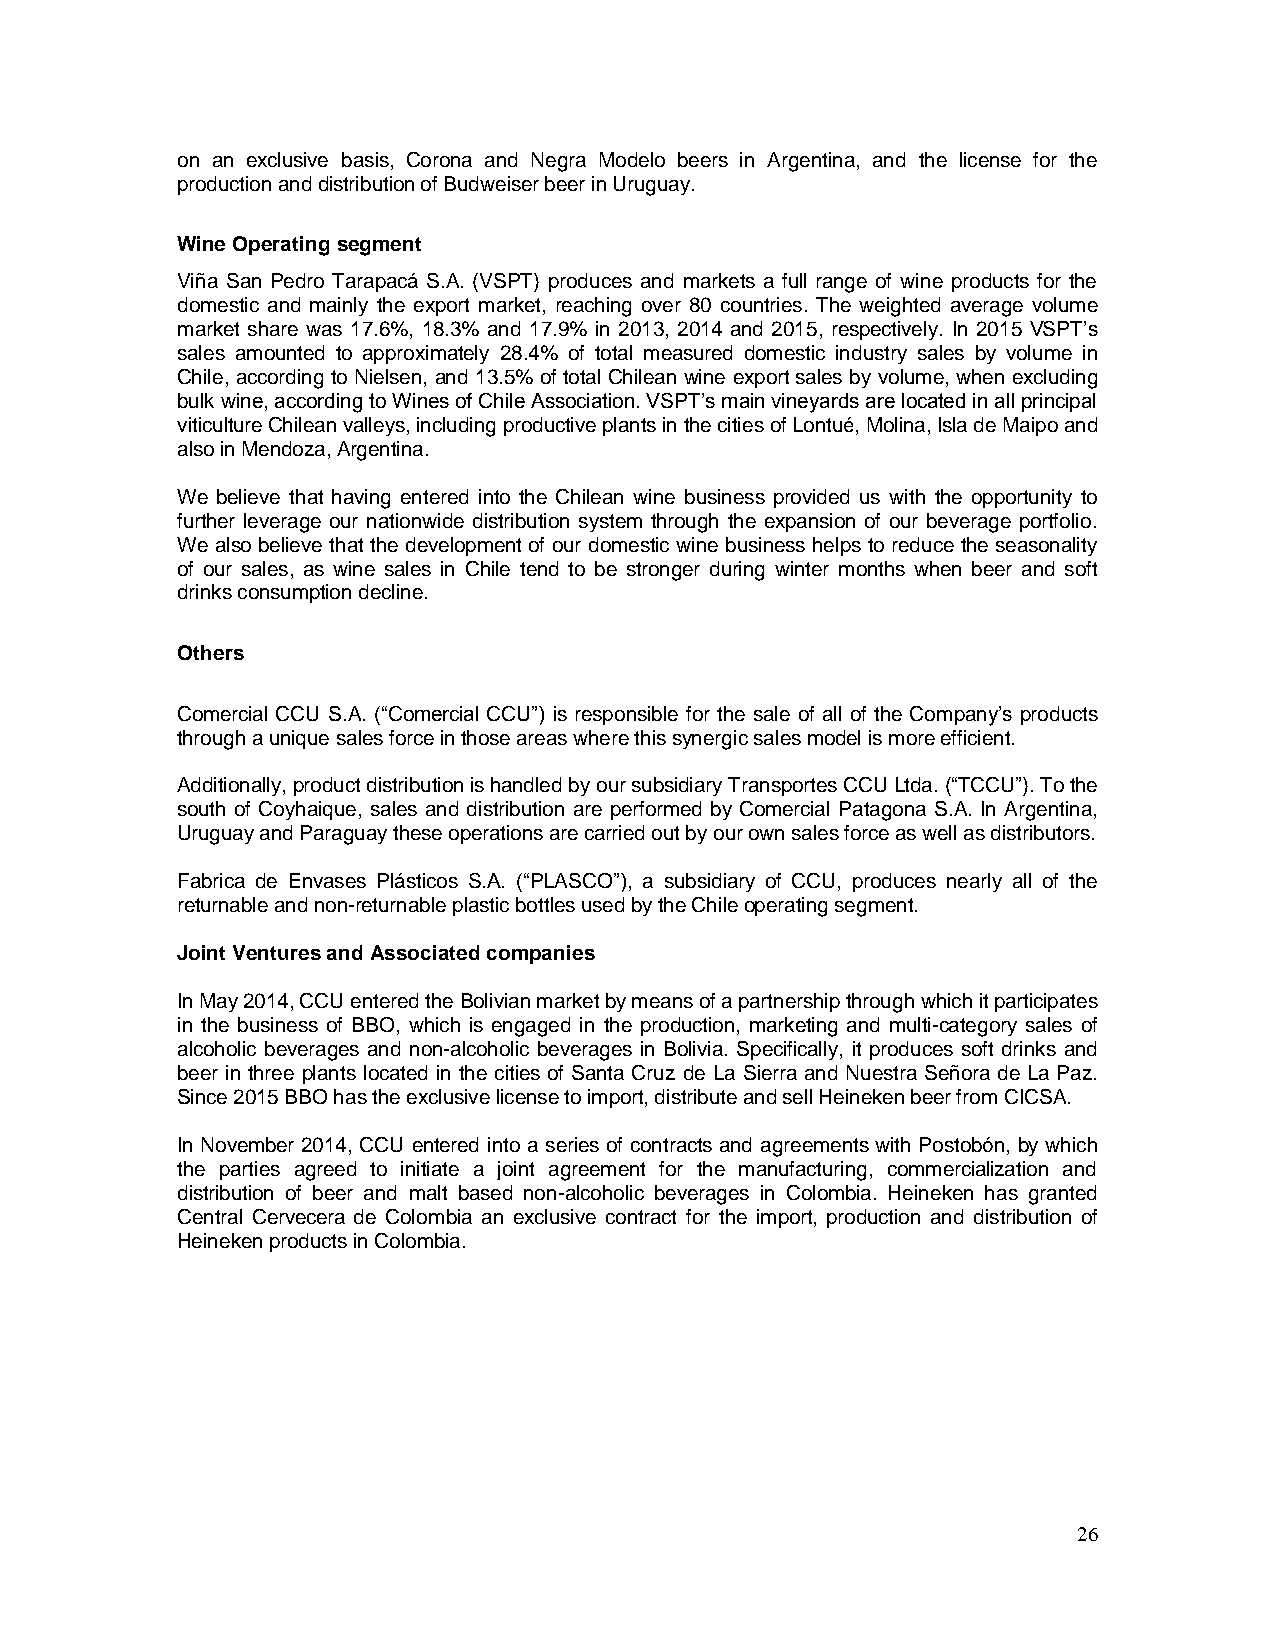
on an exclusive basis, Corona and Negra Modelo beers in Argentina, and the license for the
 production and distribution of Budweiser beer in Uruguay.
 Wine Operating segment
 Viña San Pedro Tarapacá S.A. (VSPT) produces and markets a full range of wine products for the
 domestic and mainly the export market, reaching over 80 countries. The weighted average volume
 market share was 17.6%, 18.3% and 17.9% in 2013, 2014 and 2015, respectively. In 2015 VSPT’s
 sales amounted to approximately 28.4% of total measured domestic industry sales by volume in
 Chile, according to Nielsen, and 13.5% of total Chilean wine export sales by volume, when excluding
 bulk wine, according to Wines of Chile Association. VSPT’s main vineyards are located in all principal
 viticulture Chilean valleys, including productive plants in the cities of Lontué, Molina, Isla de Maipo and
 also in Mendoza, Argentina.
 We believe that having entered into the Chilean wine business provided us with the opportunity to
 further leverage our nationwide distribution system through the expansion of our beverage portfolio.
 We also believe that the development of our domestic wine business helps to reduce the seasonality
 of our sales, as wine sales in Chile tend to be stronger during winter months when beer and soft
 drinks consumption decline.
 Others
 Comercial CCU S.A. (“Comercial CCU”) is responsible for the sale of all of the Company’s products
 through a unique sales force in those areas where this synergic sales model is more efficient.
 Additionally, product distribution is handled by our subsidiary Transportes CCU Ltda. (“TCCU”). To the
 south of Coyhaique, sales and distribution are performed by Comercial Patagona S.A. In Argentina,
 Uruguay and Paraguay these operations are carried out by our own sales force as well as distributors.
 Fabrica de Envases Plásticos S.A. (“PLASCO”), a subsidiary of CCU, produces nearly all of the
 returnable and non-returnable plastic bottles used by the Chile operating segment.
 Joint Ventures and Associated companies
 In May 2014, CCU entered the Bolivian market by means of a partnership through which it participates
 in the business of BBO, which is engaged in the production, marketing and multi-category sales of
 alcoholic beverages and non-alcoholic beverages in Bolivia. Specifically, it produces soft drinks and
 beer in three plants located in the cities of Santa Cruz de La Sierra and Nuestra Señora de La Paz.
 Since 2015 BBO has the exclusive license to import, distribute and sell Heineken beer from CICSA.
 In November 2014, CCU entered into a series of contracts and agreements with Postobón, by which
 the parties agreed to initiate a joint agreement for the manufacturing, commercialization and
 distribution of beer and malt based non-alcoholic beverages in Colombia. Heineken has granted
 Central Cervecera de Colombia an exclusive contract for the import, production and distribution of
 Heineken products in Colombia.
 26